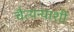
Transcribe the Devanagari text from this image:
चैत्यन्याशी